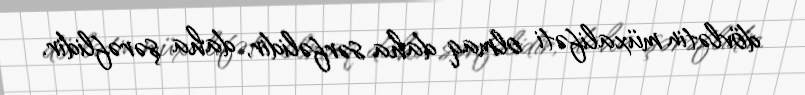
dövlətin müxalifəti olmaq daha sərfəlidir, daha şərəflidir.